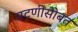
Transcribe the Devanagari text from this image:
चटणीसोबत